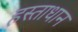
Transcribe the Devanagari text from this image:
हस्ताधान